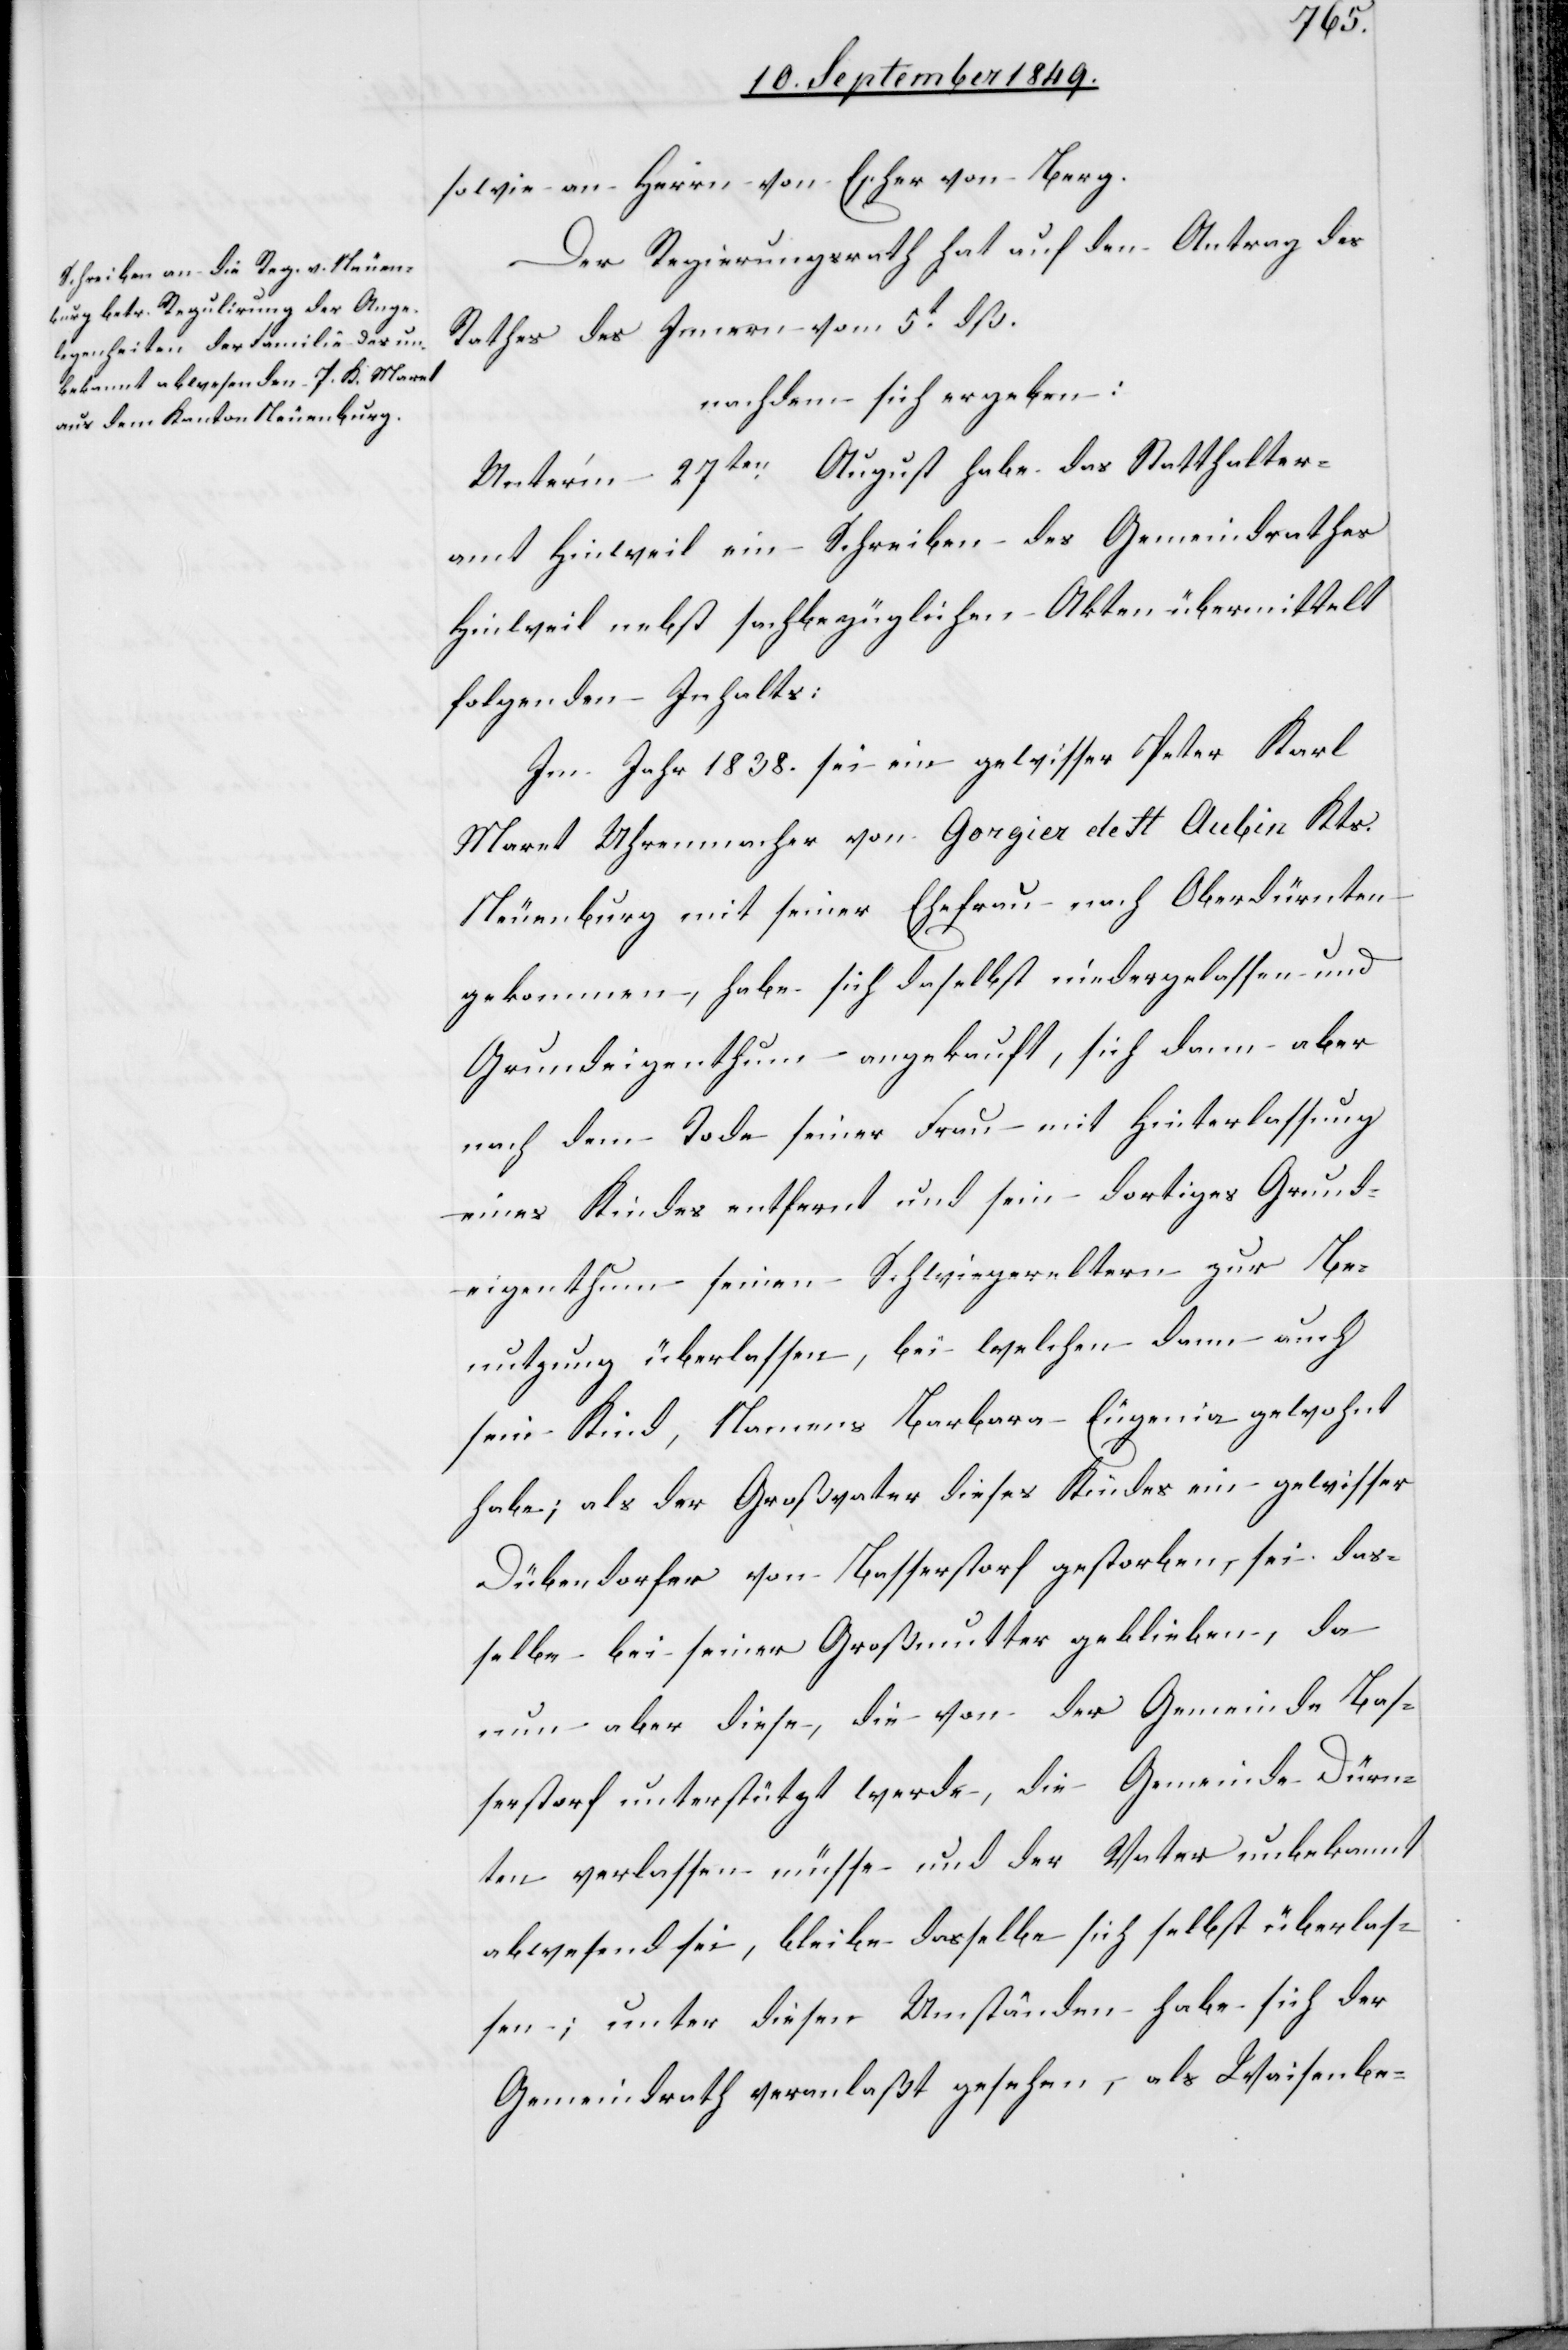
sowie an Herrn von Escher von Berg.
Der Regierungsrath hat auf den Antrag des
Rathes des Innern vom 5t dß.
nachdem sich ergeben:
Unter’m 27ten August habe das Statthalter¬
amt Hinweil ein Schreiben des Gemeindrathes
Hinweil nebst sachbezüglichen Akten übermittelt
folgenden Inhalts:
Im Jahr 1838. sei ein gewisser Peter Karl
Maret Uhrenmacher von Gorgier de St Aubin Kts.
Neuenburg mit seiner Ehefrau nach Oberdürnten
gekommen, habe sich daselbst niedergelassen und
Grundeigenthum angekauft, sich dann aber
nach dem Tode seiner Frau mit Hinterlassung
eines Kindes entfernt und sein dortiges Grund¬
eigenthum seinen Schwiegereltern zur Be¬
nutzung überlassen, bei welchen dann auch
sein Kind, Namens Barbara Eugenia gewohnt
habe; als der Großvater dieses Kindes[,] ein gewisser
Dübendorfer von Basserstorf[,] gestorben, sei das¬
selbe bei seiner Großmutter geblieben, da¬
rum aber diese, die von der Gemeinde Bas¬
serstorf unterstützt werde, die Gemeinde Dürn¬
ten verlassen müsse und der Vater unbekannt
abwesend sei, bleibe dasselbe sich selbst überlas¬
sen, unter diesen Umständen habe sich der
Gemeindrath veranlaßt gesehen, als Waisenbe-